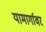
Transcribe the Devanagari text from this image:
यामार्गावर